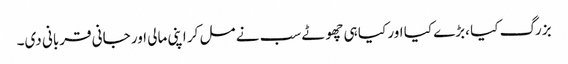
بزرگ کیا ،بڑے کیا اور کیا ہی چھوٹے سب نے مل کر اپنی مالی اور جانی قربانی دی۔